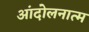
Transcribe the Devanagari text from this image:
आंदोलनात्म